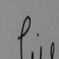
Signature authenticity: forged